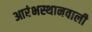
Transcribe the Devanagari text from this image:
आरंभस्थानवाली